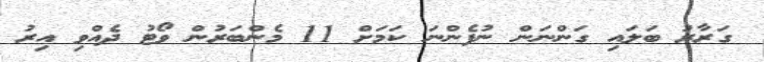
ގަރާރު ބަލައި ގަންނަން ނުފެންނަ ކަމަށް 11 މެންބަރުން ވޯޓު ދެއްވި އިރު